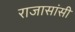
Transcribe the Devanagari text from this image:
राजासांसी